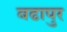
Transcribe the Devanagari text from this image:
बढापुर